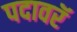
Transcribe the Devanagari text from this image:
पदावरॅ